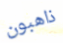
ذاهبون